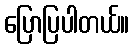
ပြောပြပါတယ်။